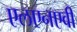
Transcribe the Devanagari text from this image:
एलएनएवी